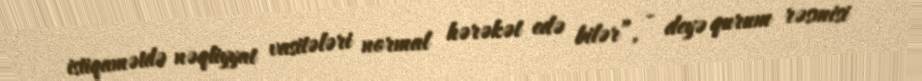
istiqamətdə nəqliyyat vasitələri normal hərəkət edə bilər”, - deyə qurum rəsmisi